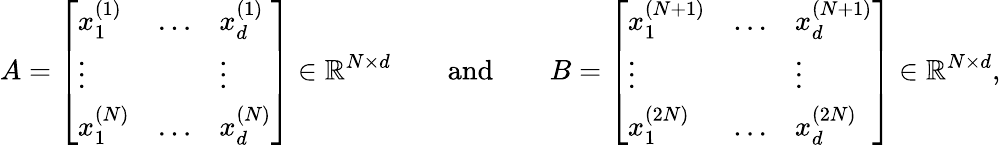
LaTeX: A=\left[\begin{array}{lll}{x_{1}^{(1)}}&{\ldots}&{x_{d}^{(1)}}\\ {\vdots}&{}&{\vdots}\\ {x_{1}^{(N)}}&{\ldots}&{x_{d}^{(N)}}\end{array}\right]\in\mathbb{R}^{N\times d}\qquad\mathrm{and}\qquad B=\left[\begin{array}{lll}{x_{1}^{(N+1)}}&{\ldots}&{x_{d}^{(N+1)}}\\ {\vdots}&{}&{\vdots}\\ {x_{1}^{(2N)}}&{\ldots}&{x_{d}^{(2N)}}\end{array}\right]\in\mathbb{R}^{N\times d},